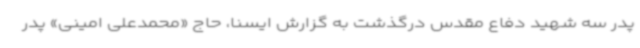
پدر سه شهید دفاع مقدس درگذشت به گزارش ایسنا، حاج «محمدعلی امینی» پدر